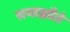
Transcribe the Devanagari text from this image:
समाझौते